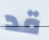
قد